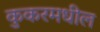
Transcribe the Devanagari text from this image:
कुकरमधील